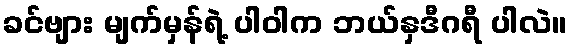
ခင်ဗျား မျက်မှန်ရဲ့ ပါဝါက ဘယ်နှဒီဂရီ ပါလဲ။